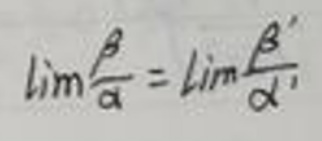
\[
\lim\frac{\beta}{\alpha}=\lim\frac{\beta'}{\alpha'}
\]